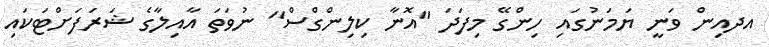
އދއިން ވަނީ ޔަމަނުގައި ހިންގޭ މިފަދަ "އޮނާ ކިލިންގްސް" ނުވަތަ އާއިލާގެ ޝަރަފަށްޓަކައި